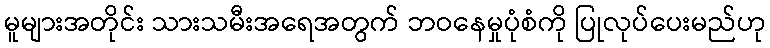
မူများအတိုင်း သားသမီးအရေအတွက် ဘဝနေမှုပုံစံကို ပြုလုပ်ပေးမည်ဟု